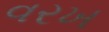
વરખ